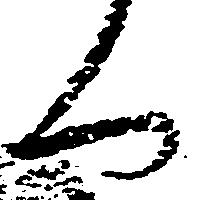
く